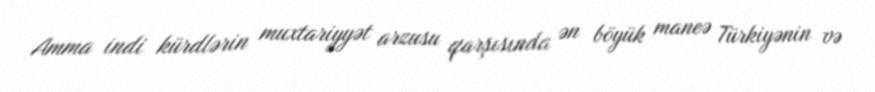
Amma indi kürdlərin muxtariyyət arzusu qarşısında ən böyük maneə Türkiyənin və